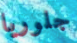
جلوريا